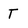
Character: T